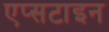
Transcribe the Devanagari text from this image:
एप्सटाइन